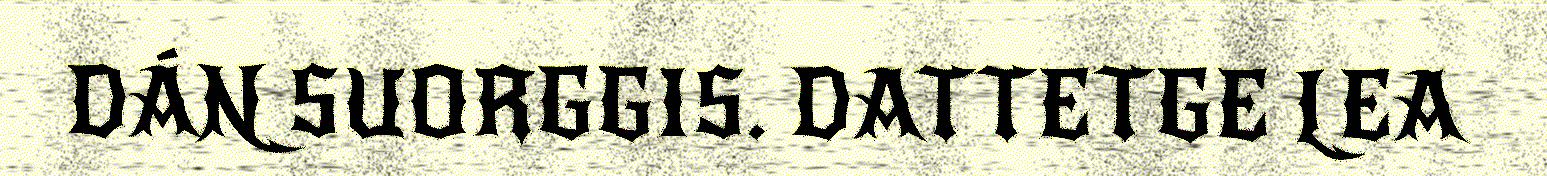
DÁN SUORGGIS. DATTETGE LEA